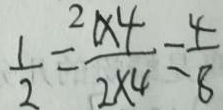
\frac { 1 } { 2 } = \frac { 1 \times 4 } { 2 \times 4 } = \frac { 4 } { 8 }